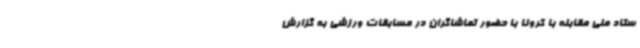
ستاد ملی مقابله با کرونا با حضور تماشاگران در مسابقات ورزشی به گزارش